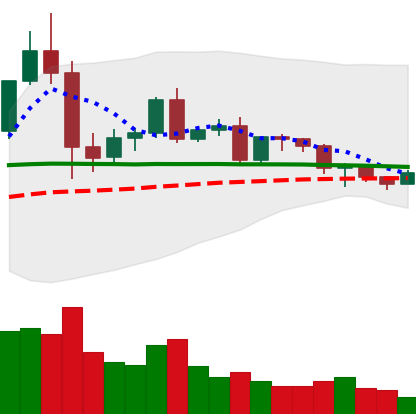
Ticker: EOS-USD
Chart end date: 2020-12-12
Forward return: 9.824%
Label: up_7plus